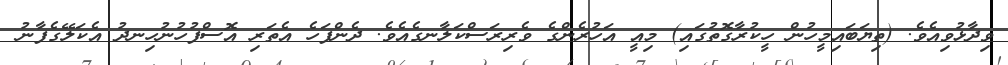
ވިދާޅުވިއެވެ. (ތިޔަބައިމީހުން ހީކުރާގޮތުގައި) މިއީ އަހުރެންގެ ވެރިރަސްކަލާނގެއެވެ. ދެންފަހެ އެތަރި އޮސްފުހުނުހިނދު އެކަލޭގެފާނު